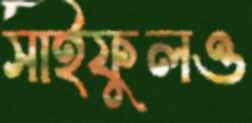
সাইফুলও